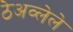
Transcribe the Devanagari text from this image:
ठेअव्लेले